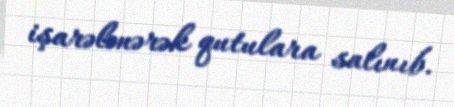
işarələnərək qutulara salınıb.